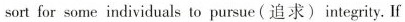
sort for some individuals to pursue（追求）integrity. If